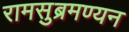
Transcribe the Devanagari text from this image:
रामसुब्रमण्यन